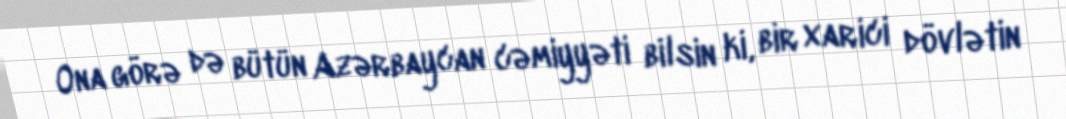
Ona görə də bütün Azərbaycan cəmiyyəti bilsin ki, bir xarici dövlətin